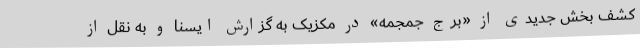
کشف بخش جدیدی از «برج جمجمه» در مکزیک به گزارش ایسنا و به نقل از